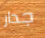
جدار